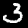
Label: 3